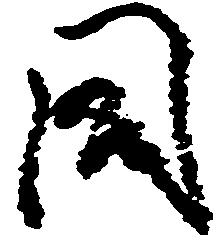
同